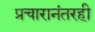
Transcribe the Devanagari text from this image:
प्रचारानंतरही